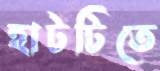
হাটটিতে